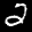
Label: 2